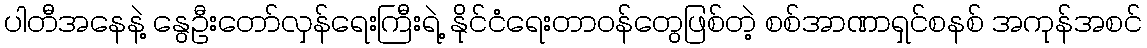
ပါတီအနေနဲ့ နွေဦးတော်လှန်ရေးကြီးရဲ့ နိုင်ငံရေးတာဝန်တွေဖြစ်တဲ့ စစ်အာဏာရှင်စနစ် အကုန်အစင်